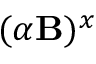
( \alpha { \bf { B } } ) ^ { x }